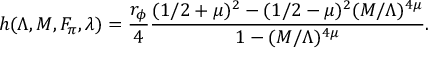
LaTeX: h ( \Lambda , M , F _ { \pi } , \lambda ) = \frac { r _ { \phi } } { 4 } \frac { ( 1 / 2 + \mu ) ^ { 2 } - ( 1 / 2 - \mu ) ^ { 2 } ( M / \Lambda ) ^ { 4 \mu } } { 1 - ( M / \Lambda ) ^ { 4 \mu } } .